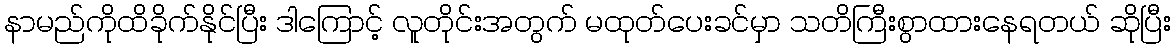
နာမည်ကိုထိခိုက်နိုင်ပြီး ဒါကြောင့် လူတိုင်းအတွက် မထုတ်ပေးခင်မှာ သတိကြီးစွာထားနေရတယ် ဆိုပြီး